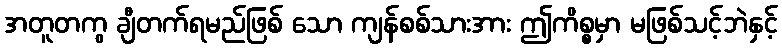
အတူတကွ ချီတက်ရမည်ဖြစ် သော ကျန်စစ်သားအား ဤကိစ္စမှာ မဖြစ်သင့်ဘဲနှင့်